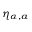
\eta _ { \alpha , a }